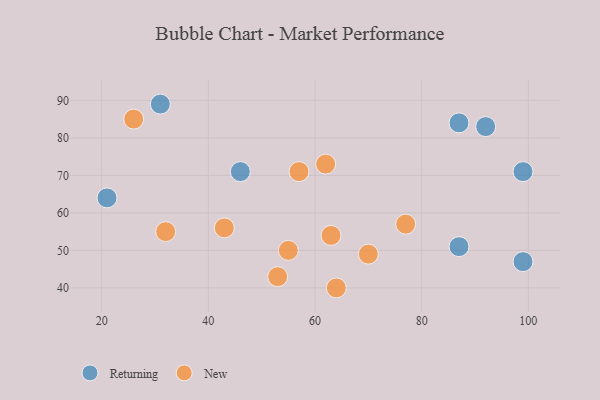
{"axis": {"x": "GDP", "y": "Life Expectancy"}, "legend": ["New", "Returning"], "data": [{"x": "87", "y": 51, "type": "Returning"}, {"x": "99", "y": 71, "type": "Returning"}, {"x": "92", "y": 83, "type": "Returning"}, {"x": "99", "y": 47, "type": "Returning"}, {"x": "31", "y": 89, "type": "Returning"}, {"x": "21", "y": 64, "type": "Returning"}, {"x": "46", "y": 71, "type": "Returning"}, {"x": "87", "y": 84, "type": "Returning"}, {"x": "26", "y": 85, "type": "New"}, {"x": "64", "y": 40, "type": "New"}, {"x": "77", "y": 57, "type": "New"}, {"x": "53", "y": 43, "type": "New"}, {"x": "57", "y": 71, "type": "New"}, {"x": "70", "y": 49, "type": "New"}, {"x": "43", "y": 56, "type": "New"}, {"x": "62", "y": 73, "type": "New"}, {"x": "63", "y": 54, "type": "New"}, {"x": "32", "y": 55, "type": "New"}, {"x": "55", "y": 50, "type": "New"}]}